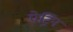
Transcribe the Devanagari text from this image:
पेट्रिन